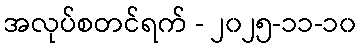
အလုပ်စတင်ရက် - ၂၀၂၅-၁၁-၁၀